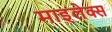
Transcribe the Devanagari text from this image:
माइलेक्स